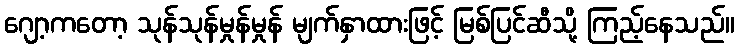
ဂျော့ကတော့ သုန်သုန်မှုန်မှုန် မျက်နှာထားဖြင့် မြစ်ပြင်ဆီသို့ ကြည့်နေသည်။